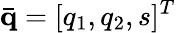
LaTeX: \bar{\mathbf q}=[q_{1},q_{2},s]^{T}